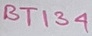
Text: BT134